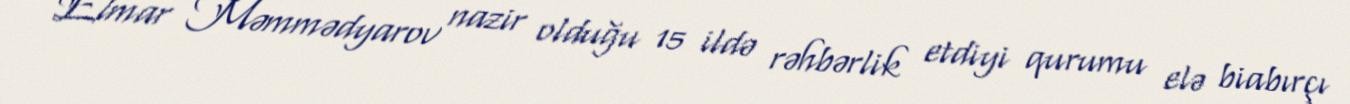
Elmar Məmmədyarov nazir olduğu 15 ildə rəhbərlik etdiyi qurumu elə biabırçı